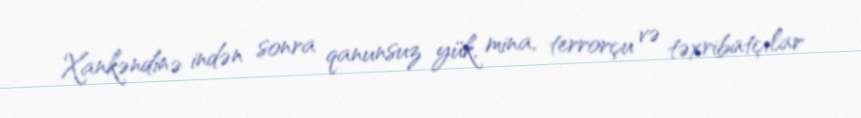
Xankəndinə indən sonra qanunsuz yük, mina, terrorçu və təxribatçılar